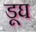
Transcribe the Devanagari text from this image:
डूघ